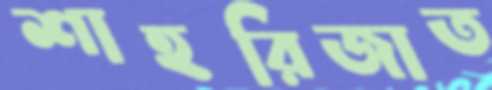
শাহরিজাত